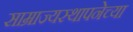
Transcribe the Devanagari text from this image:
साम्राज्यस्थापनेच्या